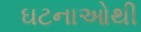
ઘટનાઓથી